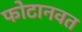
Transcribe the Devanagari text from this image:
फोटानवत